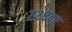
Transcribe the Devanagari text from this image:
२२८वर